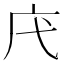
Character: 𢇙